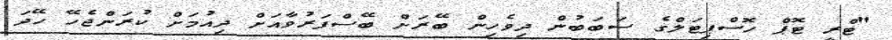
"ޓްރީ ޓޮޕް ހޮސްޕިޓަލްގެ ސަބަބުން ދިވެހިން ބޭރަށް ބޭސްފަރުވާއަށް ދިއުމަށް ކުރަންޖެހޭ ހޭދަ